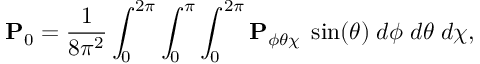
\mathbf { P } _ { 0 } = \frac { 1 } { 8 \pi ^ { 2 } } \int _ { 0 } ^ { 2 \pi } \int _ { 0 } ^ { \pi } \int _ { 0 } ^ { 2 \pi } \mathbf { P } _ { \phi \theta \chi } \; \sin ( \theta ) \; d \phi \; d \theta \; d \chi ,